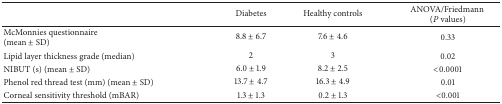
|  | Diabetes | Healthy controls | ANOVA/Friedmann (P values) |
 | --- | --- | --- | --- |
 | McMonnies questionnaire (mean ± SD) | 8.8 ± 6.7 | 7.6 ± 4.6 | 0.33 |
 | Lipid layer thickness grade (median) | 2 | 3 | 0.02 |
 | NIBUT (s) (mean ± SD) | 6.0 ± 1.9 | 8.2 ± 2.5 | <0.0001 |
 | Phenol red thread test (mm) (mean ± SD) | 13.7 ± 4.7 | 16.3 ± 4.9 | 0.01 |
 | Corneal sensitivity threshold (mBAR) | 1.3 ± 1.3 | 0.2 ± 1.3 | <0.001 |